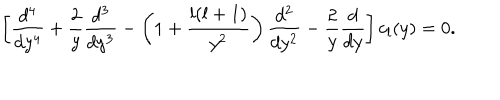
LaTeX: \left[ { \frac { d ^ { 4 } } { d y ^ { 4 } } } + { \frac { 2 } { y } } { \frac { d ^ { 3 } } { d y ^ { 3 } } } - \left( 1 + { \frac { l ( l + 1 ) } { y ^ { 2 } } } \right) { \frac { d ^ { 2 } } { d y ^ { 2 } } } - { \frac { 2 } { y } } { \frac { d } { d y } } \right] c _ { l } ( y ) = 0 .